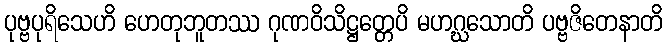
ပုဗ္ဗပုရိသေဟိ ဟေတုဘူတဿ ဂုဏဝိသိဋ္ဌတ္တေပိ မဟဂ္ဃသောတိ ပဗ္ဗဇိတေနာတိ